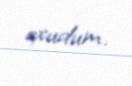
oxudum.